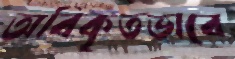
অবিকৃতভাবে